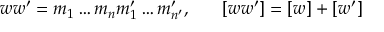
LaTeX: w w ^ { \prime } = m _ { 1 } \ldots m _ { n } m _ { 1 } ^ { \prime } \ldots m _ { n ^ { \prime } } ^ { \prime } , \; \; \; \; \; \; [ w w ^ { \prime } ] = [ w ] + [ w ^ { \prime } ]